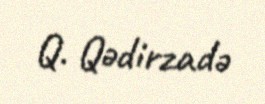
Q. Qədirzadə